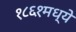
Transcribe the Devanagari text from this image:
१८६१मध्ये